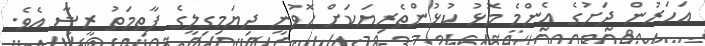
އަހަރުން ދަށުގެ އެންމެ މޮޅު ކުޅުންތެރިޔަކަށް ހޮވުނީ ދިޔަމިގިލީގެ ފާތިމަތު ރީޝާ އެވެ.